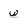
Character: w